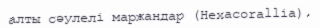
алты сәулелі маржандар (Hexacorallіa).